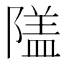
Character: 𨻹